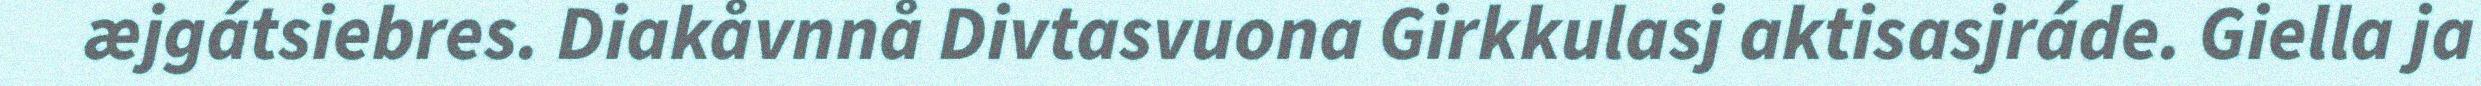
æjgátsiebres. Diakåvnnå Divtasvuona Girkkulasj aktisasjráde. Giella ja